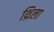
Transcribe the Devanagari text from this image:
थ्रिला